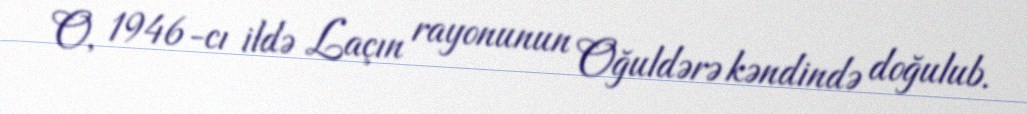
O, 1946-cı ildə Laçın rayonunun Oğuldərə kəndində doğulub.